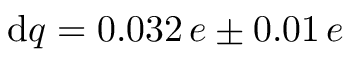
\mathrm { d } q = 0 . 0 3 2 \, e \pm 0 . 0 1 \, e